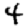
Digit: 4